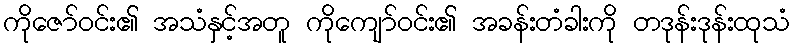
ကိုဇော်ဝင်း၏ အသံနှင့်အတူ ကိုကျော်ဝင်း၏ အခန်းတံခါးကို တဒုန်းဒုန်းထုသံ